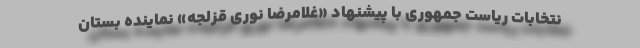
نتخابات ریاست جمهوری با پیشنهاد «غلامرضا نوری قزلجه» نماینده بستان